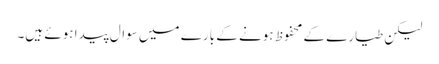
لیکن طیارے کے محفوظ ہونے کے بارے میں سوال پیدا ہوئے ہیں۔